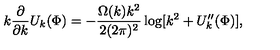
k \frac { \partial } { \partial k } U _ { k } ( \Phi ) = - \frac { \Omega ( k ) k ^ { 2 } } { 2 ( 2 \pi ) ^ { 2 } } \log [ k ^ { 2 } + U _ { k } ^ { \prime \prime } ( \Phi ) ] ,